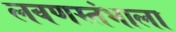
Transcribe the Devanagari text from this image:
लवणस्तंभाला